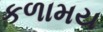
કળામય